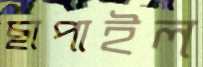
ছাপাইল